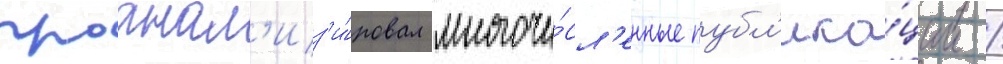
проанал'из'и́ровал многочи́сл'енные публ'ика́ции /